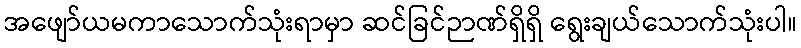
အဖျော်ယမကာသောက်သုံးရာမှာ ဆင်ခြင်ဉာဏ်ရှိရှိ ရွေးချယ်သောက်သုံးပါ။